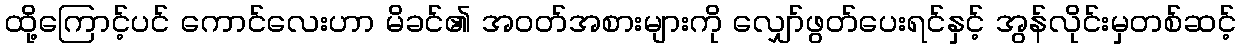
ထို့ကြောင့်ပင် ကောင်လေးဟာ မိခင်၏ အဝတ်အစားများကို လျှော်ဖွတ်ပေးရင်နှင့် အွန်လိုင်းမှတစ်ဆင့်